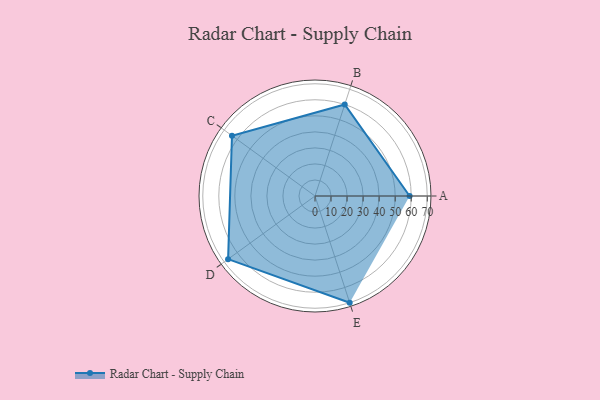
{"axis": {"x": "Skill", "y": "Score"}, "legend": ["Profile"], "data": [{"x": "A", "y": 59.0, "type": "Profile"}, {"x": "B", "y": 60.0, "type": "Profile"}, {"x": "C", "y": 64.0, "type": "Profile"}, {"x": "D", "y": 67.0, "type": "Profile"}, {"x": "E", "y": 70.0, "type": "Profile"}]}